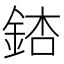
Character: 𨧃